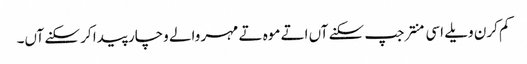
کم کرن ویلے اسی منتر جپ سکنے آں اتے موہ تے مہر والے وچار پیدا کر سکنے آں۔